King Institute of Preventive Medicine Micro-Biological Section reports 1909-11
Year: 1909
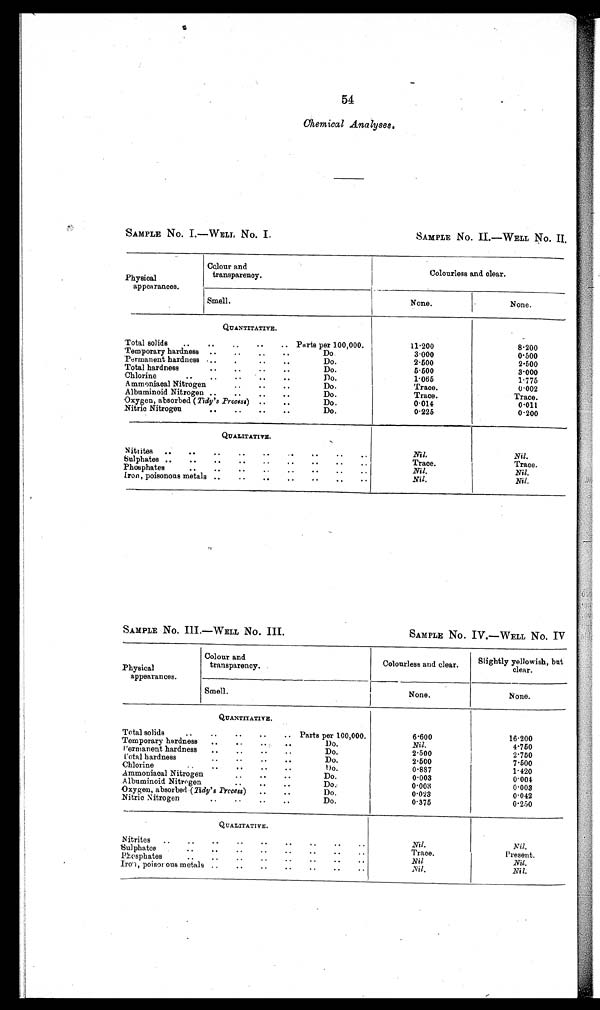
54
Chemical Analyses.
SAMPLE NO. I.—WELL NO. I.
SAMPLE No. II—WELL No. II.
Colour and
Colourless and clear.
transparency.
Physical
appearances.
Smell.
None.
None.
QUANTITATIVE.
'Total solids
..
..
„
..
.. Parts per 100,000.
Temporary hardness
..
..
..
..
Do.
Permanent hardness ..
.
..
Do.
Total hardness
. . .. .. .. Do.
Chlorine
..
..
..
Do.
A mmoniaoal Nitrogen
. . . . . . Do.
Albuminoid Nitrogen ..
..
..
..
Do.
Oxygen, absorbed (Tidy's Process) ..
..
Do.
Nitric Nitrogen
..
..
..
..
Do.
QUALITATIVE.
Nitrites
..
..
..
. . .. - .. ..
Sulphates .. .. .. .. .. . . .. .. ..
Phosphates
..
.
..
..
..
..
..
Iron, poisonous metals ..
..
..
..
..
..
..
11.200
3.000
2.500
5.500
1.065
Trace.
Trace.
0.014
0.225
Nil.
Trace.
Nil.
Nil.
8.200
0.500
2.500
3.000
1.775
0.002
Trace.
0.011
0.200
Nil.
Trace.
Nil.
Nil.
SAMPLE No. III.-WELL No. III.
SAMPLE NO. IV.-WELL No. IV
Colour and
Slightly yellowish, but
.
Physical
Colourless
transparency.
and clear.
appearances.
Smell.
None.
None.
QUANTITATIVE.
Total solids
..
..
..
..
.. Parts per 100,000.
6.600
16.200
Temporary hardness
..
..
..
..
1)o.
Nil.
4.750
Permanent hardness .. .. .. .. Do.
2.500
2.750
Total hardness .. .. .. .. Do.
2.500
7.500
Chlorine.
..
. . .. Do.
0.887
1.420
Ammoniaoal Nitrogen
..
..
..
Do.
0.003
0.004
A lbuminoid Nitrogen
..
..
..
Do.
0.003
0.003
Oxygen, absorbed (Tidy's Process)
..
..
Do.
0.023
0.042
Nitric N itrogen
..
..
..
..
Do.
0.375
0.250
QUALITATIVE.
Nitrites
..
..
. -
..
..
..
..
Nil.
Nil.
'Sulphates
..
..
..
..
..
..
..
..
T r a c e .
Present.
Phosphates..
..
..
..
..
..
..
..
Nil
Nil.
Iron, poison oils metals . ,
..
..
..
..
..
..
N i l .
Nil.